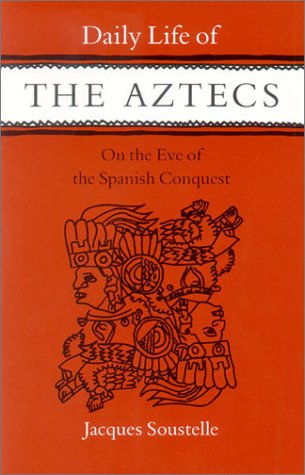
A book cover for Daily Life of the Aztecs on the Eve of the Spanish Conquest; Jacques Soustelle; History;